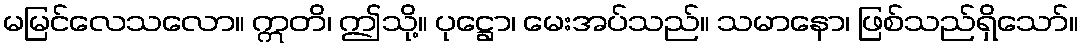
မမြင်လေသလော။ ဣတိ၊ ဤသို့။ ပုဋ္ဌော၊ မေးအပ်သည်။ သမာနော၊ ဖြစ်သည်ရှိသော်။